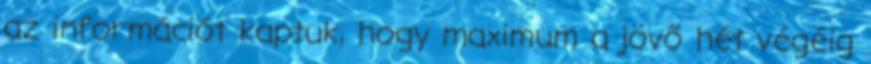
az információt kaptuk, hogy maximum a jövő hét végéig